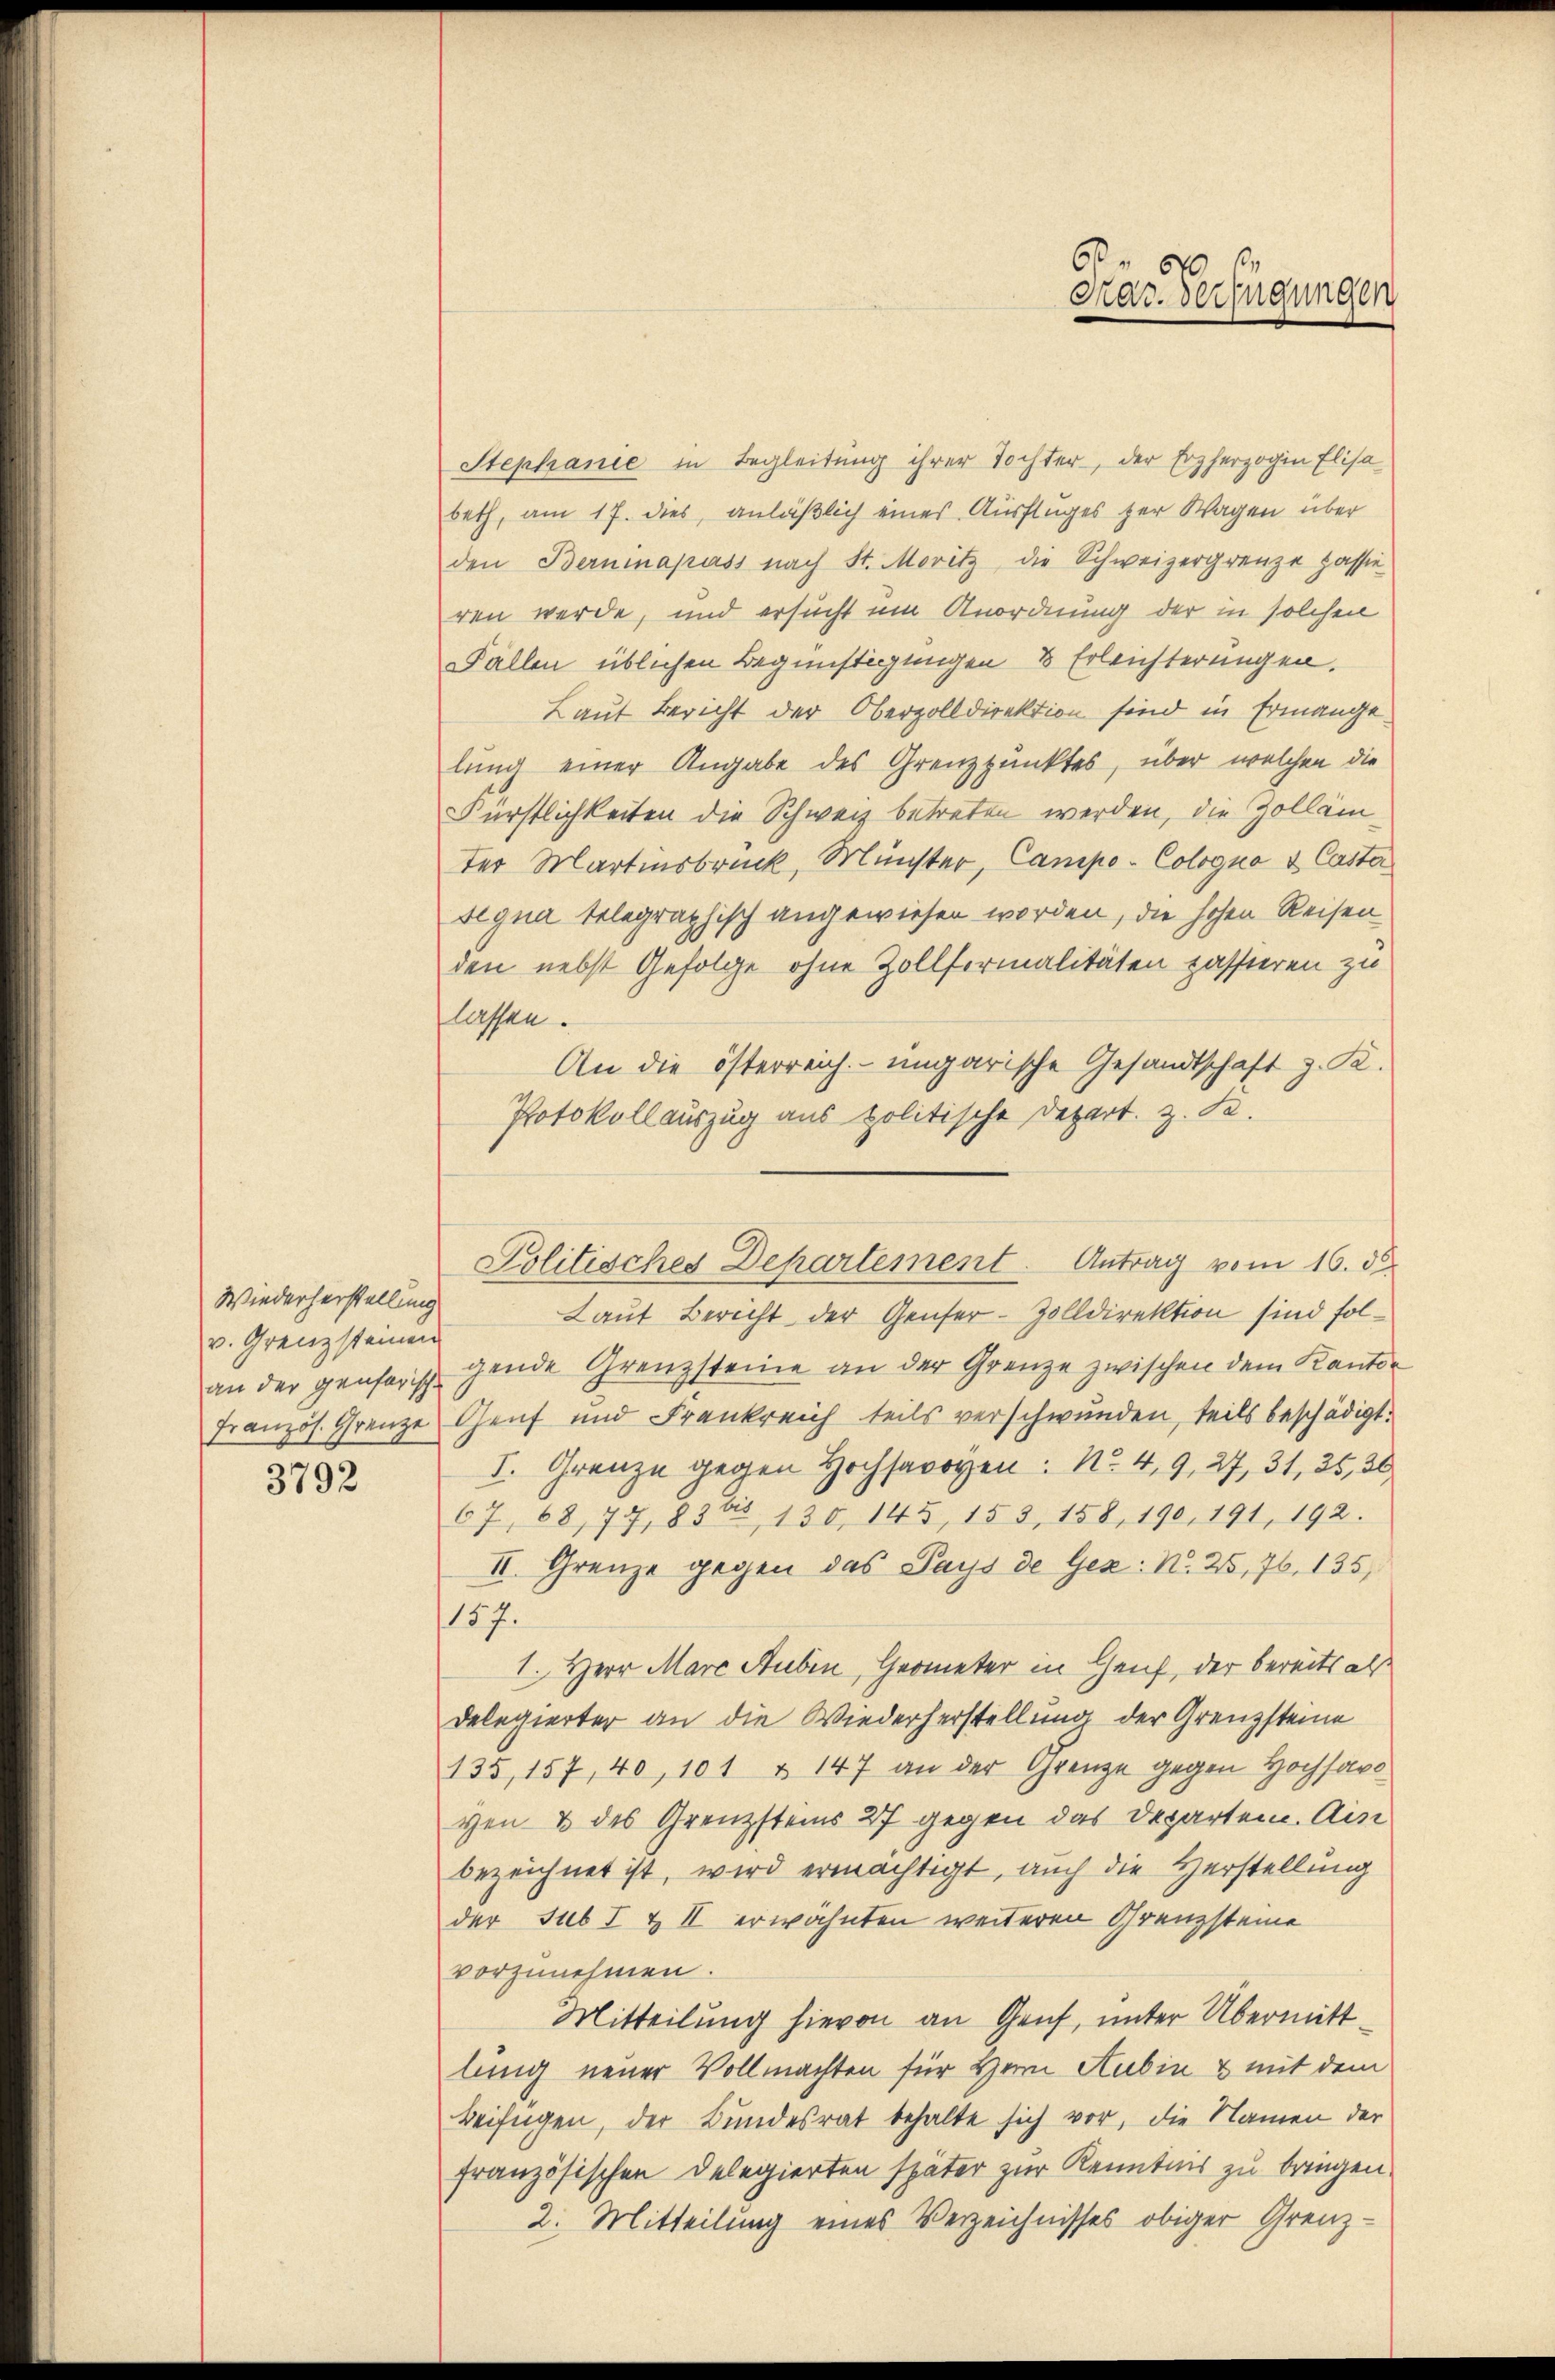
Wiederherstellung
v. Grenzsteinen

3792

Stephanie in Begleitung ihrer Tochter, der Erzherzogin Elisabeth, am 17. dies, anläßlich eines Ausfluges zur Wagen über
den Berninapass nach St. Moritz, die Schweizergrenze passie
ren werde, und ersucht um Anordnung der in solchen
Fallen üblichen Begünstigungen & Erleichterungen.
Laut Bericht der Oberzolldirektion sind in Ermange
lung einer Angabe des Grenzpunktes, über welchen die
Fürstlichkeiten die Schweiz betreten werden, die Zollam
der Martinsbruck, Münster, Campo-Cologna & Casta
segna telegraphisch angewiesen worden, die hohen Reisen
den nebst Gefolge ohne Zollformalitäten passieren zu
lassen.
An die österreich- ungarische Gesandtschaft z. R.
Protokollauszug aus politische Depart. z. B.
Laut Bericht der Genfer-Zolldirektion sind folan der gensers gende Grenzsteine an der Grenze zwischen dem Kanton
französ. Grenze Genf und Frankreich teils verschwunden, teils beschädigt.
1. Grenze gegen Hochsavoyen: No. 49, 27, 31, 35, 30
67, 68, 77, 83- 130, 145, 153, 158, 190, 191, 192.
II. Grenze gegen das Pays de Gez: No. 25, 76. 135,
157.
1. Herr Marc Auben, Geometer in Genf, der bereits als
Delegierter an die Wiederherstellung der Grenzsteine
135, 157, 40, 101 u 147 an der Grenze gegen Hochsavo
ven & des Grenzsteins 27 gegen das Departen. Ain
bezeichnet ist, wird ermächtigt, auch die Herstellung
der sub I & II erwähnten weiteren Grenzsteine
vorzunehmen.
Mitteilung hievon an Genf, unter Übermittlung neuer Vollmachten für Herrn Rubin & mit dem
beifügen, der Bundesrat behalte sich vor, die Namen der
französischen Delegierten später zur Kenntnis zu bringen.
2. Mitteilung eines Verzeichnisses obiger Grenz-

b
Graz. Verfügungen

Politisches Departement. Antrag vom 16. d.